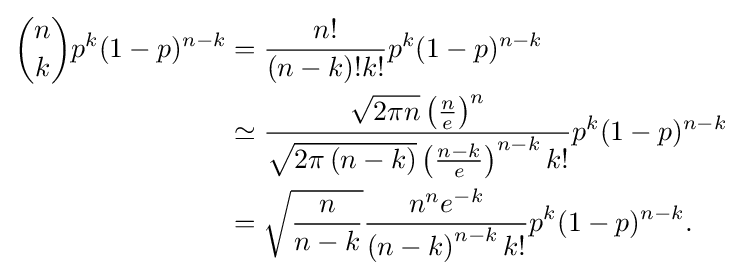
{\begin{aligned}{n \choose k}p^{k}(1-p)^{n-k}&={\frac {n!}{(n-k)!k!}}p^{k}(1-p)^{n-k}\\&\simeq {\frac {{\sqrt {2\pi n}}\left({\frac {n}{e}}\right)^{n}}{{\sqrt {2\pi \left(n-k\right)}}\left({\frac {n-k}{e}}\right)^{n-k}k!}}p^{k}(1-p)^{n-k}\\&={\sqrt {\frac {n}{n-k}}}{\frac {n^{n}e^{-k}}{\left(n-k\right)^{n-k}k!}}p^{k}(1-p)^{n-k}.\end{aligned}}